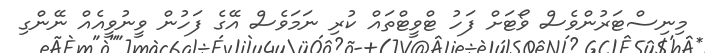
މިނިސްޓަރުންވެސް ވޯޓަށް ފަހު ޓްވީޓްތައް ކުރި ނަމަވެސް އޭގެ ފަހުން ވީނުވީއެއް ނޭންގި